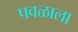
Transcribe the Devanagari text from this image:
पवळाला